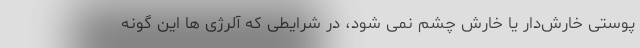
پوستی خارش‌دار یا خارش چشم نمی شود، در شرایطی که آلرژی ها این گونه